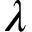
\lambda